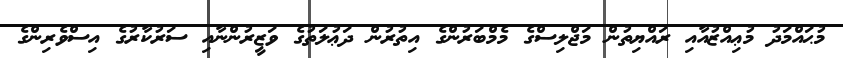
މުޙައްމަދު މުޢިއްޒުއާއި ރައްޔިތުން މަޖްލިސްގެ މެމްބަރުންގެ އިތުރުން ދަޢުލަތުގެ ވަޒީރުންނާއި ސަރުކާރުގެ އިސްވެރިންގެ